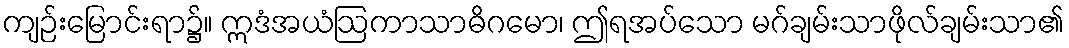
ကျဉ်းမြောင်းရာ၌။ ဣဒံအယံဩကာသာဓိဂမော၊ ဤရအပ်သော မဂ်ချမ်းသာဖိုလ်ချမ်းသာ၏